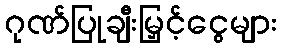
ဂုဏ်ပြုချီးမြှင့်ငွေများ